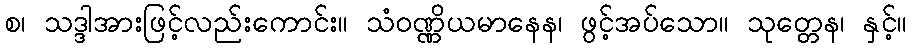
စ၊ သဒ္ဒါအားဖြင့်လည်းကောင်း။ သံဝဏ္ဏိယမာနေန၊ ဖွင့်အပ်သော။ သုတ္တေန၊ နှင့်။